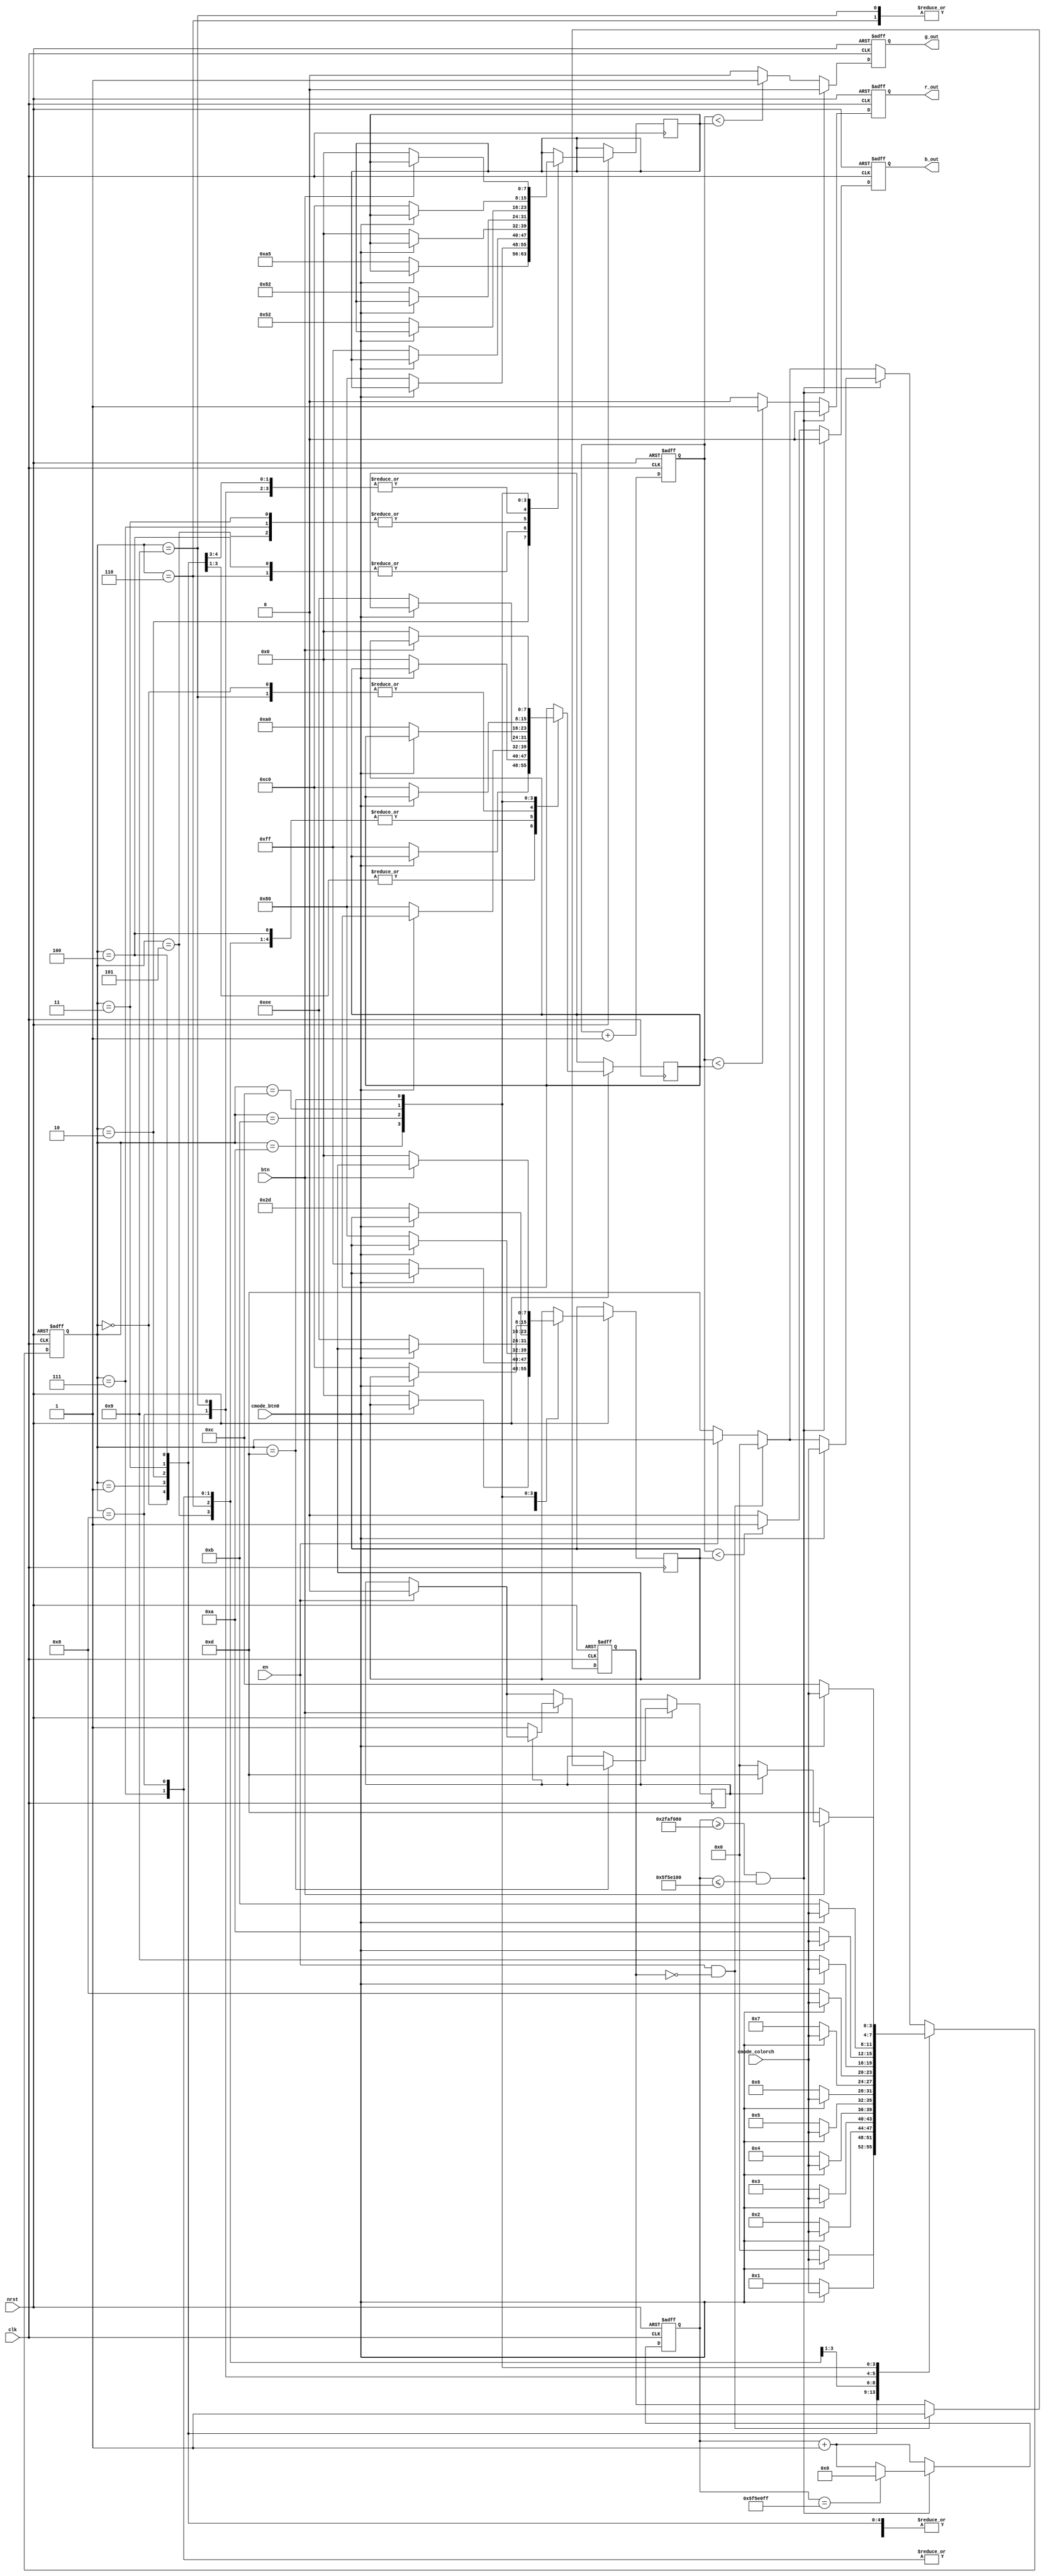
`timescale 1ns / 1ps



module RGB(
    input clk,
    input nrst,
    input btn,
    input en, 
    input [3:0] cmode_colorch, //color that was chosen
    input cmode_btn0, //when color is confirmed by button select
    output reg r_out, g_out, b_out
    );
    reg enabled_state;
    reg [7:0] red;
    reg [7:0] green;
    reg [7:0] blue;
    
    reg [3:0] state;
    reg [27:0] blink_ctr;
    reg [7:0] counter;
    reg menu;
    
    
    parameter S_maroon = 4'd0;
    parameter S_red = 4'd1;
    parameter S_orange = 4'd2;
    parameter S_yellow = 4'd3;
    parameter S_green = 4'd4;
    parameter S_lime = 4'd5;
    parameter S_teal = 4'd6;
    parameter S_cyan = 4'd7;
    parameter S_blue = 4'd8;
    parameter S_purple = 4'd9;    
    parameter S_violet = 4'd10;
    parameter S_sienna = 4'd11;
    parameter S_silver = 4'd12;
    parameter S_off = 4'd13;
    
    always@(posedge clk or negedge nrst)
        if(!nrst) begin
            counter <= 0;
            blink_ctr <= 0;
            state <= S_off;
            r_out <= 0;
            b_out <= 0;
            g_out <= 0;
            enabled_state<=0;
        end
        else begin

            if(!en)
                state <= S_off;
            if (en && !enabled_state) begin
                state <= S_maroon;
                enabled_state <=1;
            end
            blink_ctr <= blink_ctr + 28'd1;
            counter <= counter + 8'd1;
            if(counter == 100000000)
      
            counter <= 0;
            if((blink_ctr >= 50000000) && (blink_ctr <= 100000000)) begin
           
                r_out <= 0;
                b_out <= 0;
                g_out <= 0;

            if(cmode_btn0) begin state <= cmode_colorch; end
            
            if(blink_ctr == 100000000-1)
            blink_ctr <= 0;
            end
            else begin
                if(counter < red)
                    r_out <= 1;
                else
                    r_out <= 0;
                if(counter < green)
                    g_out <= 1;
                else
                    g_out <= 0;
                if(counter < blue)
                    b_out <= 1;
                else
                    b_out <= 0;
               
            end
            case(state)
                S_maroon: begin
                    if(cmode_btn0) begin state <= cmode_colorch; end
                    else begin
                        red <=  8'd128;
                        blue <= 8'd0;
                        green <= 8'd0;
                        state <= S_maroon;
                    end
                end
                S_red: begin
                    if(cmode_btn0) begin state <= cmode_colorch; end
                    else begin
                        red <=  8'd255;
                        blue <= 8'd0;
                        green <= 8'd0;
                        state <= S_red;
                    end
                end
                S_orange: begin
                    if(cmode_btn0) begin state <= cmode_colorch; end
                    else begin
                    red <=  8'd255;
                    green <= 8'd165;
                    blue <= 8'd0;
                    state <= S_orange;
                    end
                end
                S_yellow: begin
                    if(cmode_btn0) begin state <= cmode_colorch; end
                    else begin
                    red <=  8'd255;
                    green <= 8'd255;
                    blue <= 8'd0;
                    state <= S_yellow;
                    end
                end
                S_green: begin
                    if(cmode_btn0) begin state <= cmode_colorch; end
                    else begin
                    red <=  8'd0;
                    green <= 8'd128;
                    blue <= 8'd0;
                    state <= S_green;
                    end
                end
                S_lime: begin
                    if(cmode_btn0) begin state <= cmode_colorch; end
                    else begin
                    red <=  8'd0;
                    green <= 8'd255;
                    blue <= 8'd0;
                    state <= S_lime;
                    end
                end
                S_teal: begin
                    if(cmode_btn0) begin state <= cmode_colorch; end
                    else begin
                    red <=  8'd0;
                    green <= 8'd128;
                    blue <= 8'd128;
                    state <= S_teal;
                    end
                end
                S_cyan: begin
                    if(cmode_btn0) begin state <= cmode_colorch; end
                    else begin
                    red <=  8'd0;
                    blue <= 8'd255;
                    green <= 8'd255;
                    state <= S_cyan;
                    end
                end
                S_blue: begin
                    if(cmode_btn0) begin state <= cmode_colorch; end
                    else begin
                    red <=  8'd0;
                    green <= 8'd0;
                    blue <= 8'd255;
                    state <= S_blue;
                    end
                end
                S_purple: begin
                    if(cmode_btn0) begin state <= cmode_colorch; end
                    else begin
                    red <=  8'd128;
                    blue <= 8'd128;
                    green <= 8'd0;
                    state <= S_purple;
                    end
                end
                S_violet: begin
                    if(cmode_btn0) begin state <= cmode_colorch; end
                    else begin
                    red <=  8'd238;
                    green <= 8'd130;
                    blue <= 8'd238;
                    state <= S_violet;
                    end
                end
                S_sienna: begin
                    if(cmode_btn0) begin state <= cmode_colorch; end
                    else begin
                    red <=  8'd160;
                    blue <= 8'd45;
                    green <= 8'd82;
                    state <= S_sienna;
                    end
                end
                S_silver: begin
                    if(cmode_btn0) begin state <= cmode_colorch; end
                    else begin
                    red <=  8'd192;
                    blue <= 8'd192;
                    green <= 8'd192;
                    state <= S_silver;
                    end
                end


                S_off: begin
                    if (en)
                        menu <=0;
                    if(btn) begin 
                        if (menu)
                            state <= S_off;
                        else begin
                            state <= S_maroon; 
                            menu <=1;
                        end
                    end

                    else begin
                    red <=  8'd0;
                    green <= 8'd0;
                    blue <= 8'd0;
                    
                    state <= S_off;
                    end
                end
            endcase
         end      
endmodule